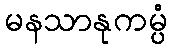
မနသာနုကမ္ပံ